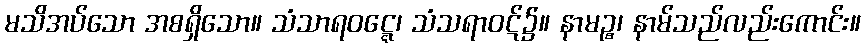
မသိအပ်သော အစရှိသော။ သံသာရဝဋ္ဋေ၊ သံသရာဝဋ်၌။ နာမဉ္စ၊ နာမ်သည်လည်းကောင်း။